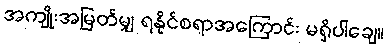
အကျိုးအမြတ်မျှ ရနိုင်စရာအကြောင်း မရှိပါချေ။